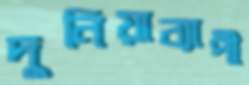
দুনিয়াব্যাপী